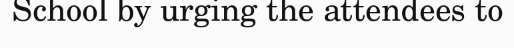
School by urging the attendees to